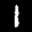
Label: 1